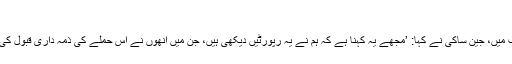
‘
جواب میں، جین ساکی نے کہا: ’مجھے یہ کہنا ہے کہ ہم نے یہ رپورٹیں دیکھی ہیں، جن میں اُنھوں نے اِس حملے کی ذمہ داری قبول کی ہے۔